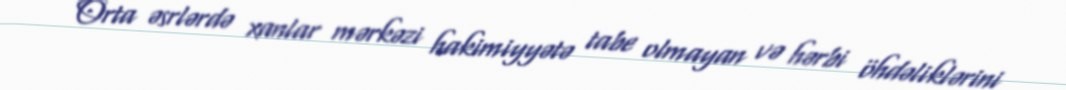
Orta əsrlərdə xanlar mərkəzi hakimiyyətə tabe olmayan və hərbi öhdəliklərini